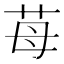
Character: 苺